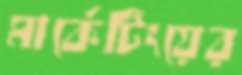
মার্কেটিংয়ের